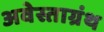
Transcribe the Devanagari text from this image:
अवेस्ताग्रंथ